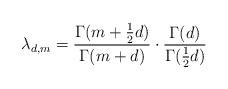
LaTeX: \begin{align*} \lambda_{d,m} = \frac{ \Gamma(m+\tfrac12 d) } { \Gamma(m+d) } \cdot \frac{\Gamma(d)}{\Gamma(\tfrac12 d)}\ \end{align*}